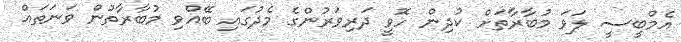
އެމްބީސީ ލަވަ މުބާރާތަށް ކުދިން ހޮވީ ދަރިވަރުންގެ މެދުގައި ބޭއްވި މުބާރާތުން ވަނަތައް